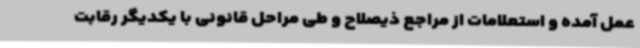
عمل آمده و استعلامات از مراجع ذیصلاح و طی مراحل قانونی با یکدیگر رقابت